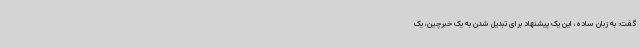
گفت: به زبان ساده، این یک پیشنهاد برای تبدیل شدن به یک خبرچین، یک